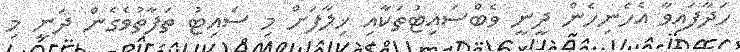
ހަދާފައިވާ އެހެނިހެން ދީނީ ވެބްސައިޓުތަކާއި ޚިލާފަށް މި ސައިޓު ތަފާތުވެގެން ދަނީ މި